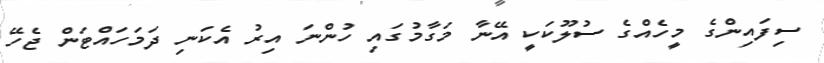
ސިފައިންގެ މީހެއްގެ ސުލޫކަކީ އޭނާ މަގާމުގައި ހުންނަ އިރު އެކަނި ދަމަހައްޓަން ޖެހޭ